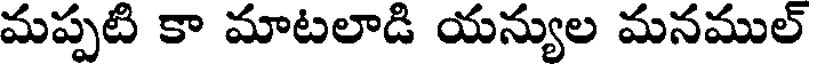
మప్పటి కా మాటలాడి యన్యుల మనముల్